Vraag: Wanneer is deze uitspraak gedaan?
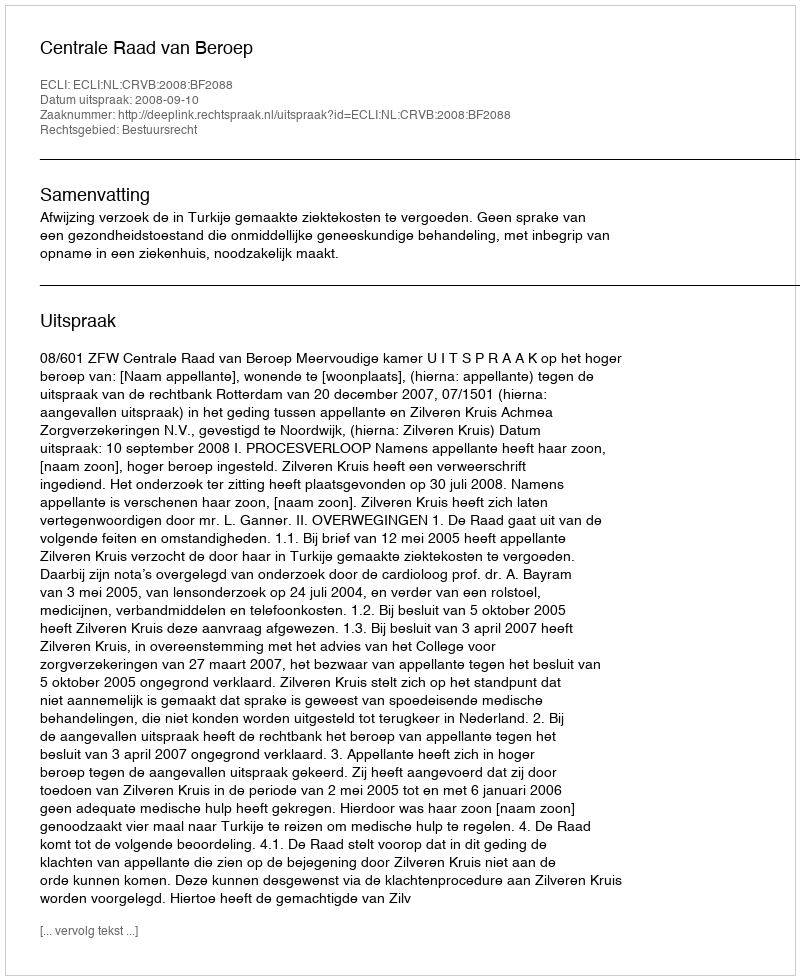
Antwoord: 2008-09-10